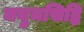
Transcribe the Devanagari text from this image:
मनुमसिद्धि